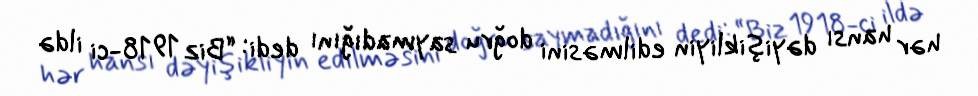
hər hansı dəyişikliyin edilməsini doğru saymadığını dedi: “Biz 1918-ci ildə